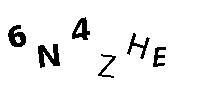
6N4ZHE